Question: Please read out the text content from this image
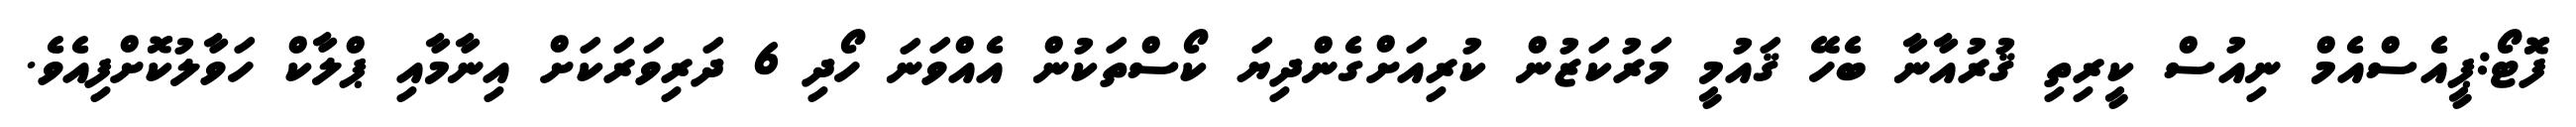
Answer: ފޮޓޯ:ޕީއެސްއެމް ނިއުސް ކީރިތި ޤުރުއާނާ ބެހޭ ޤައުމީ މަރުކަޒުން ކުރިއަށްގެންދިޔަ ކޯސްތަކުން އެއްވަނަ ހޯދި 6 ދަރިވަރަކަށް އިނާމާއި ޕްލާކް ހަވާލުކޮށްފިއެވެ.